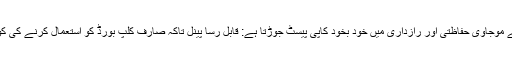
- اب میک OS 10.14 کے لئے موجاوی حفاظتی اور رازداری میں خود بخود کاپی پیسٹ جوڑتا ہے: قابل رسا پینل تاکہ صارف کلپ بورڈ کو استعمال کرنے کی کوپی پیسٹ کی اجازت دے سکیں۔